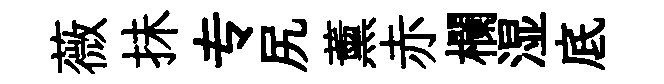
薇抺专尻薰赤欄湿底